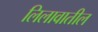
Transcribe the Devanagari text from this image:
लिलावातील